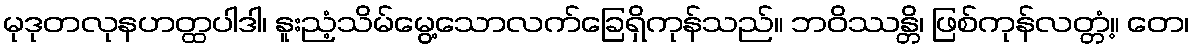
မုဒုတလုနဟတ္ထပါဒါ၊ နူးညံ့သိမ်မွေ့သောလက်ခြေရှိကုန်သည်။ ဘဝိဿန္တိ၊ ဖြစ်ကုန်လတ္တံ့။ တေ၊